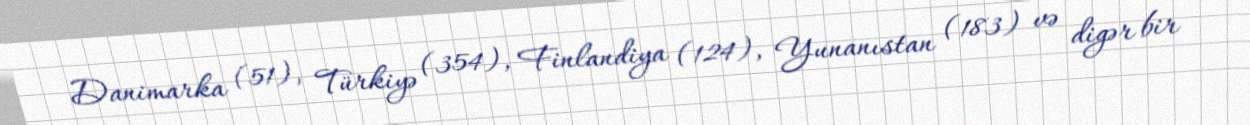
Danimarka (51), Türkiyə (354), Finlandiya (124), Yunanıstan (183) və digər bir